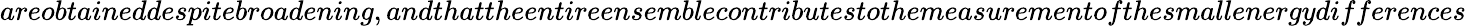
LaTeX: areobtaineddespitebroadening,andthatthe\textit{entireensemble}contributestothemeasurementofthesmallenergydifferences